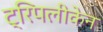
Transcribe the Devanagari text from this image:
ट्रिपलीकेन